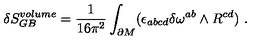
\delta S _ { G B } ^ { v o l u m e } = { \frac { 1 } { 1 6 \pi ^ { 2 } } } \int _ { \partial M } ( \epsilon _ { a b c d } \delta \omega ^ { a b } \wedge R ^ { c d } ) \ .